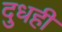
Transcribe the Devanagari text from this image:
दुधही